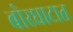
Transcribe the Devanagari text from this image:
बोरघाटात